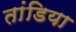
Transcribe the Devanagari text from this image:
तांडिया